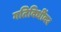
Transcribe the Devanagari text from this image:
गतिविधींवर